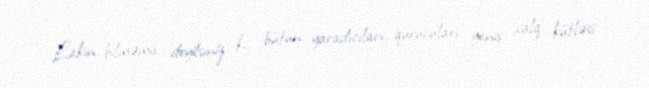
Lakin bilməmiş deyilsiniz ki, bütün yaradıcıları, qurucuları geniş xalq kütləsi